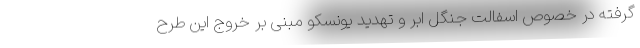
گرفته در خصوص اسفالت جنگل ابر و تهدید یونسکو مبنی بر خروج این طرح